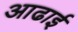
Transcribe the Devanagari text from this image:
आढाई